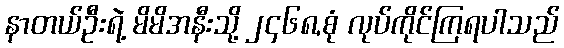
နာတယ်ဦးရဲ့ မိမိအနီးသို့ ၂၄၆၈,စုံ လုပ်ကိုင်ကြရပါသည်